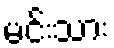
မင်းသား